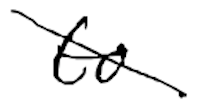
Text: to
Cross-out: diagonal
Writing tool: digital_black